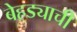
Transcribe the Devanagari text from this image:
बेहड्याची